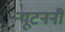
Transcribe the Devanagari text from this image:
न्यूटननी